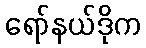
ရော်နယ်ဒိုက